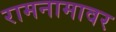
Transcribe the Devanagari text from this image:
रामनामावर